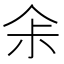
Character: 𠈒